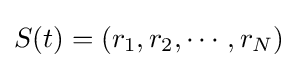
S(t)=(r_{1},r_{2},\cdots ,r_{N})